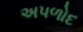
અપળોદ